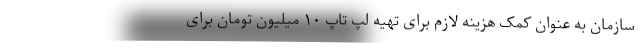
سازمان به عنوان کمک هزینه لازم برای تهیه لپ تاپ ۱۰ میلیون تومان برای